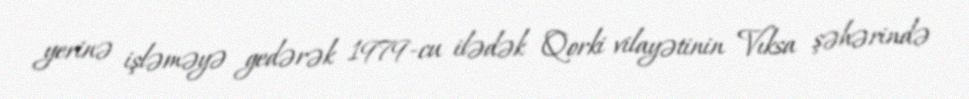
yerinə işləməyə gedərək 1979-cu ilədək Qorki vilayətinin Vıksa şəhərində